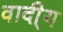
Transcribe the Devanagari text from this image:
वादी्य